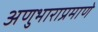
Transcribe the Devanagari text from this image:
अणुभाराप्रमाणे